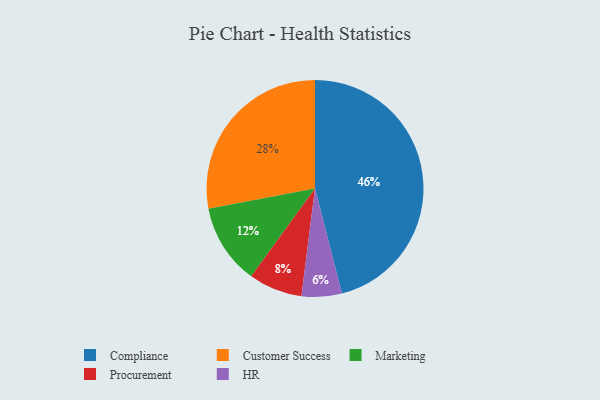
{"axis": {"x": "Category", "y": "Percentage"}, "legend": ["Compliance", "Customer Success", "HR", "Marketing", "Procurement"], "data": [{"x": "Procurement", "y": 8, "type": "Procurement"}, {"x": "HR", "y": 6, "type": "HR"}, {"x": "Marketing", "y": 12, "type": "Marketing"}, {"x": "Compliance", "y": 46, "type": "Compliance"}, {"x": "Customer Success", "y": 28, "type": "Customer Success"}]}